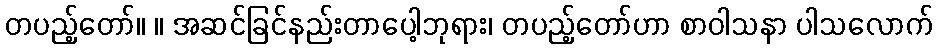
တပည့်တော်။ ။ အဆင်ခြင်နည်းတာပေါ့ဘုရား၊ တပည့်တော်ဟာ စာဝါသနာ ပါသလောက်